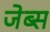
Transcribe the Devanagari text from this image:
जेब्स